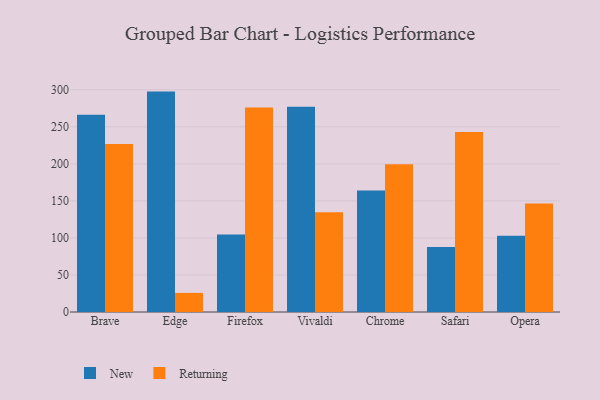
{"axis": {"x": "Browser", "y": "Population (Million)"}, "legend": ["New", "Returning"], "data": [{"x": "Brave", "y": 266.4, "type": "New"}, {"x": "Brave", "y": 226.8, "type": "Returning"}, {"x": "Edge", "y": 297.5, "type": "New"}, {"x": "Edge", "y": 25.8, "type": "Returning"}, {"x": "Firefox", "y": 104.5, "type": "New"}, {"x": "Firefox", "y": 275.9, "type": "Returning"}, {"x": "Vivaldi", "y": 277.0, "type": "New"}, {"x": "Vivaldi", "y": 134.5, "type": "Returning"}, {"x": "Chrome", "y": 164.0, "type": "New"}, {"x": "Chrome", "y": 199.3, "type": "Returning"}, {"x": "Safari", "y": 87.9, "type": "New"}, {"x": "Safari", "y": 242.9, "type": "Returning"}, {"x": "Opera", "y": 102.8, "type": "New"}, {"x": "Opera", "y": 146.5, "type": "Returning"}]}